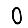
Digit: 0